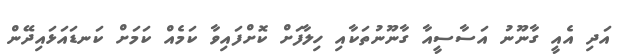
އަދި އެއީ ގާނޫނު އަސާސީއާ ގާނޫނުތަކާއި ހިލާފަށް ކޮށްފައިވާ ކަމެއް ކަމަށް ކަނޑައަޅައިދޭން